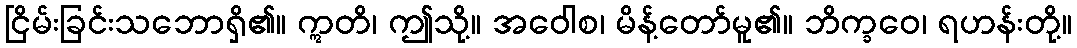
ငြိမ်းခြင်းသဘောရှိ၏။ ဣတိ၊ ဤသို့။ အဝေါစ၊ မိန့်တော်မူ၏။ ဘိက္ခဝေ၊ ရဟန်းတို့။